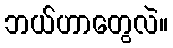
ဘယ်ဟာတွေလဲ။